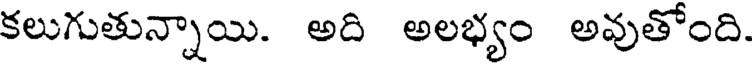
కలుగుతున్నాయి. అది అలభ్యం అవుతోంది.